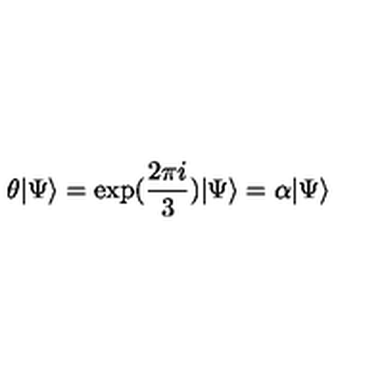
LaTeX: \theta \vert \Psi \rangle = \exp ( \frac { 2 \pi i } { 3 } ) \vert \Psi \rangle = \alpha \vert \Psi \rangle